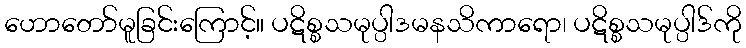
ဟောတော်မူခြင်းကြောင့်။ ပဋိစ္စသမုပ္ပါဒမနသိကာရော၊ ပဋိစ္စသမုပ္ပါဒ်ကို